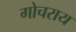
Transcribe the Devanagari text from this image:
गोचराय